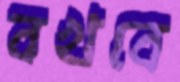
বখবে